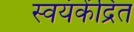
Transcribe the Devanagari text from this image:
स्वयंकेंद्रित